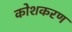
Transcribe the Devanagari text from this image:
कोशकरण